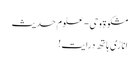
مشکوة وحی- علوم حدیث
اناڑی ہاتھ درایت!